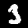
Digit: 3